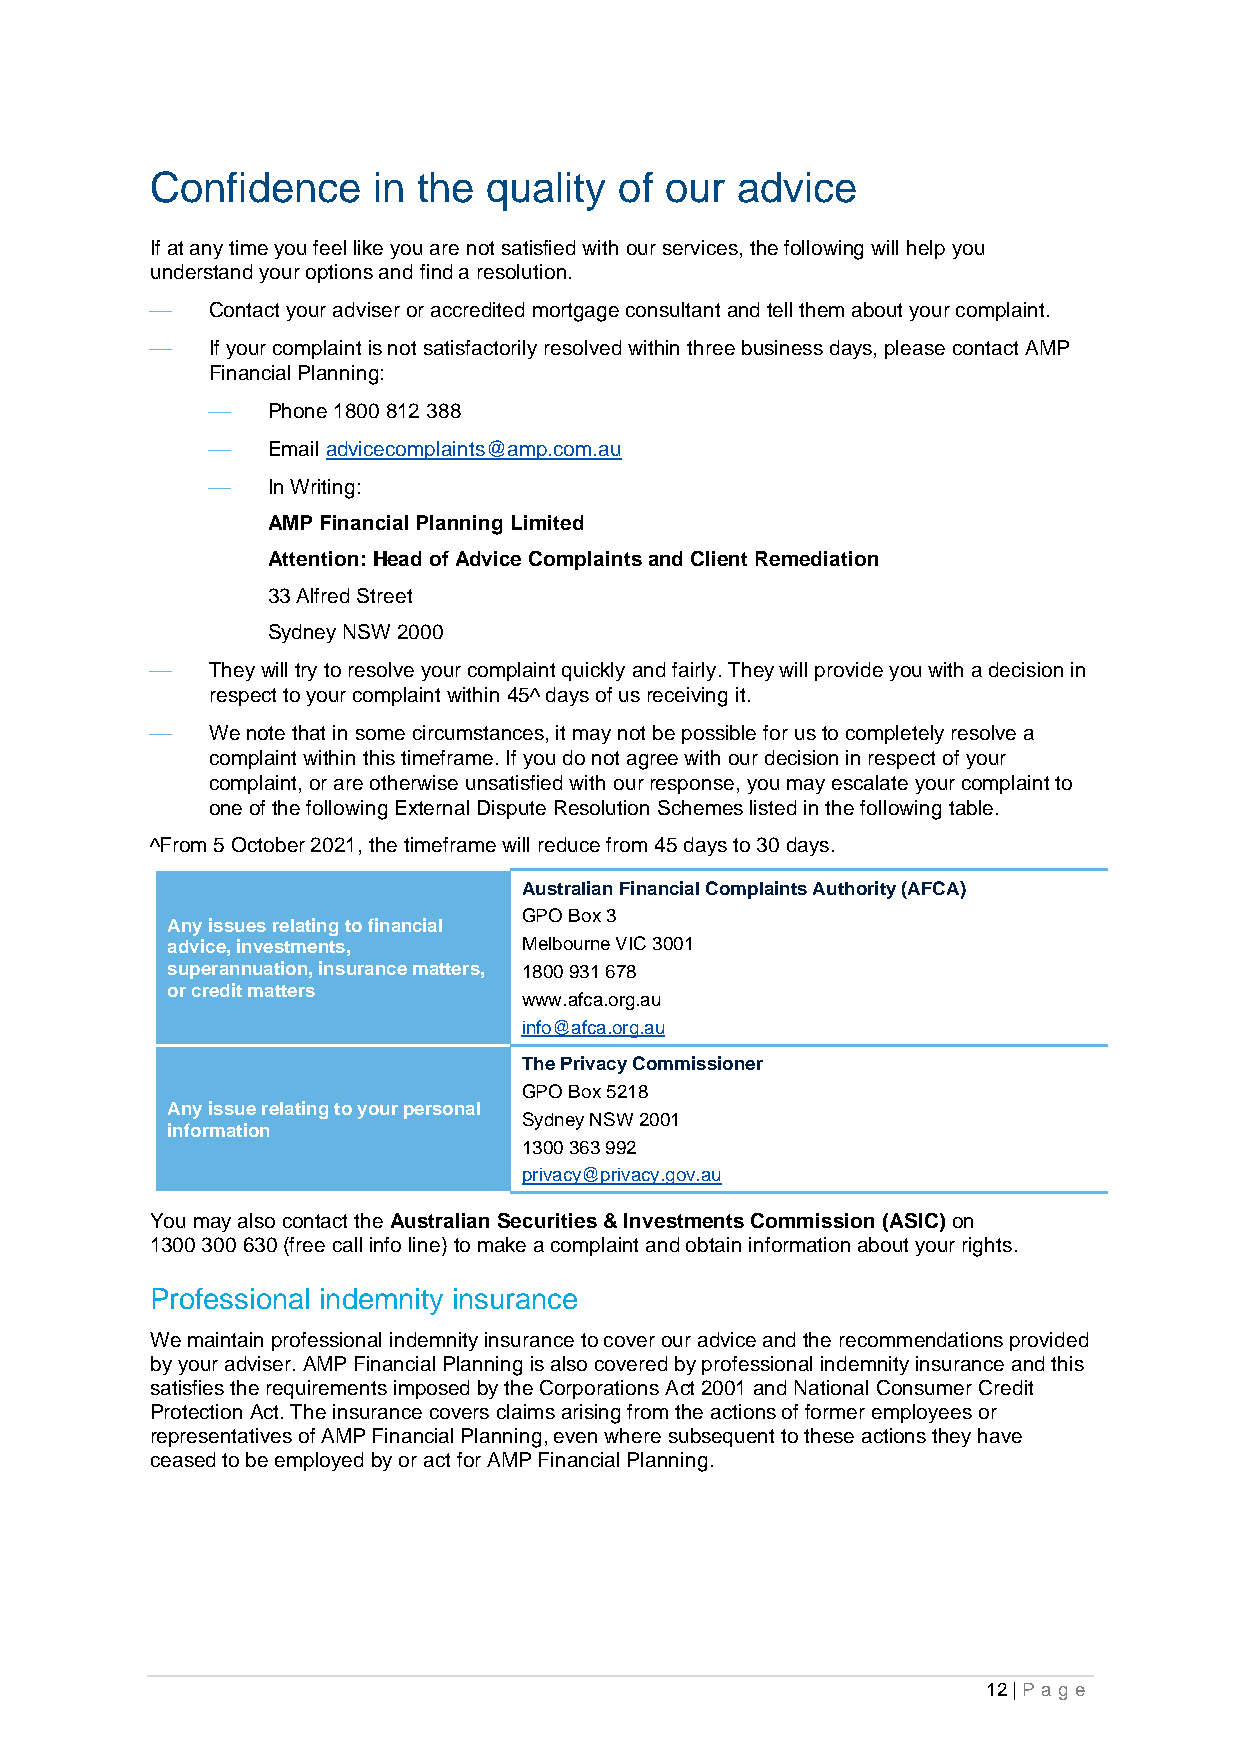
Confidence     in the quality  of our  advice
 If at any time you feel like you are not satisfied with our services, the following will help you
 understand your options and find a resolution.
 ⎯   Contact your adviser or accredited mortgage consultant and tell them about your complaint.
 ⎯   If your complaint is not satisfactorily resolved within three business days, please contact AMP
 Financial Planning:
 ⎯   Phone 1800 812 388
 ⎯   Email advicecomplaints@amp.com.au
 ⎯   In Writing:
 AMP Financial Planning Limited
 Attention: Head of Advice Complaints and Client Remediation
 33 Alfred Street
 Sydney NSW 2000
 ⎯   They will try to resolve your complaint quickly and fairly. They will provide you with a decision in
 respect to your complaint within 45^ days of us receiving it.
 ⎯   We note that in some circumstances, it may not be possible for us to completely resolve a
 complaint within this timeframe. If you do not agree with our decision in respect of your
 complaint, or are otherwise unsatisfied with our response, you may escalate your complaint to
 one of the following External Dispute Resolution Schemes listed in the following table.
 ^From 5 October 2021, the timeframe will reduce from 45 days to 30 days.
 Australian Financial Complaints Authority (AFCA)
 GPO Box 3
 Any issues relating to financial
 advice, investments,    Melbourne VIC 3001
 superannuation, insurance matters, 1800 931 678
 or credit matters
 www.afca.org.au
 info@afca.org.au
 The Privacy Commissioner
 GPO Box 5218
 Any issue relating to your personal
 Sydney NSW 2001
 information
 1300 363 992
 privacy@privacy.gov.au
 You may also contact the Australian Securities & Investments Commission (ASIC) on
 1300 300 630 (free call info line) to make a complaint and obtain information about your rights.
 Professional indemnity insurance
 We maintain professional indemnity insurance to cover our advice and the recommendations provided
 by your adviser. AMP Financial Planning is also covered by professional indemnity insurance and this
 satisfies the requirements imposed by the Corporations Act 2001 and National Consumer Credit
 Protection Act. The insurance covers claims arising from the actions of former employees or
 representatives of AMP Financial Planning, even where subsequent to these actions they have
 ceased to be employed by or act for AMP Financial Planning.
 12 | Pa g e